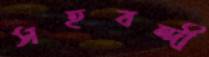
সহবন্দী